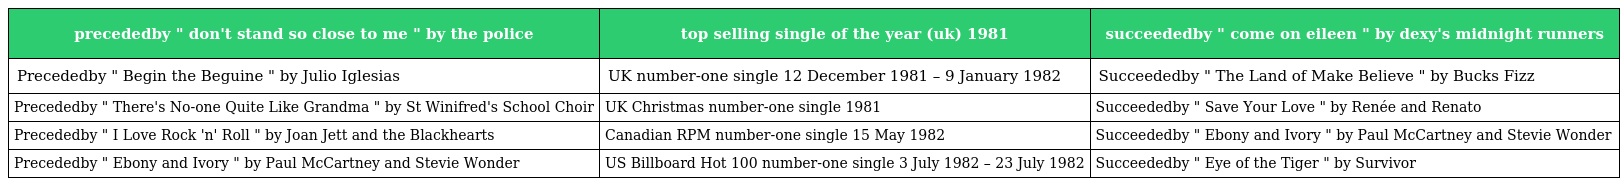
| precededby " don't stand so close to me " by the police | top selling single of the year (uk) 1981 | succeededby " come on eileen " by dexy's midnight runners |
 | --- | --- | --- |
 | Precededby " Begin the Beguine " by Julio Iglesias | UK number-one single 12 December 1981 – 9 January 1982 | Succeededby " The Land of Make Believe " by Bucks Fizz |
 | Precededby " There's No-one Quite Like Grandma " by St Winifred's School Choir | UK Christmas number-one single 1981 | Succeededby " Save Your Love " by Renée and Renato |
 | Precededby " I Love Rock 'n' Roll " by Joan Jett and the Blackhearts | Canadian RPM number-one single 15 May 1982 | Succeededby " Ebony and Ivory " by Paul McCartney and Stevie Wonder |
 | Precededby " Ebony and Ivory " by Paul McCartney and Stevie Wonder | US Billboard Hot 100 number-one single 3 July 1982 – 23 July 1982 | Succeededby " Eye of the Tiger " by Survivor |